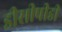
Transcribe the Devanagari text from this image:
डीसीपीडी